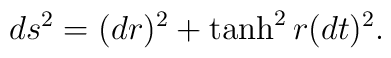
ds^2=(dr)^2+\tanh^2 r (d t)^2.